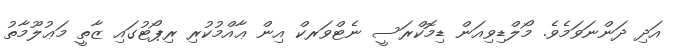
އަދި ދަންނަވަމެވެ. މޯލްޑިވިއަން ޑިމޮކްރަސީ ނެޓްވަރކް އިން ޢާއްމުކުރި ރިޕޯޓުގައި ޒާތީ މަޢުލޫމާތު